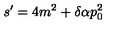
s ^ { \prime } = 4 m ^ { 2 } + \delta \alpha p _ { 0 } ^ { 2 } \protect \protect